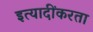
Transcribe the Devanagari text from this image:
इत्यादींकरता